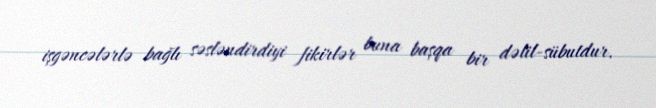
işgəncələrlə bağlı səsləndirdiyi fikirlər buna başqa bir dəlil-sübutdur.